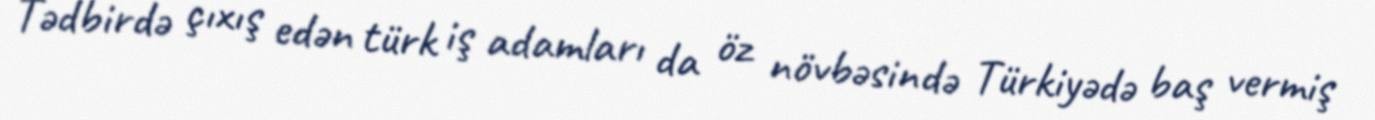
Tədbirdə çıxış edən türk iş adamları da öz növbəsində Türkiyədə baş vermiş